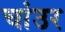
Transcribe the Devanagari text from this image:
चांउर